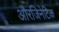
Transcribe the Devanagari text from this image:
औरजिनेटिक